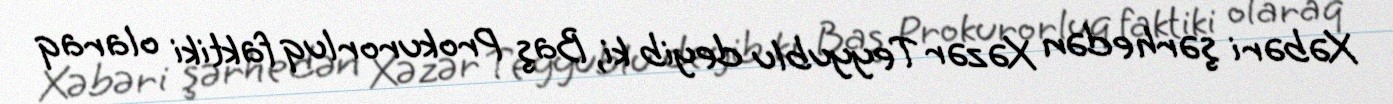
Xəbəri şərh edən Xəzər Teyyublu deyib ki, Baş Prokurorluq faktiki olaraq